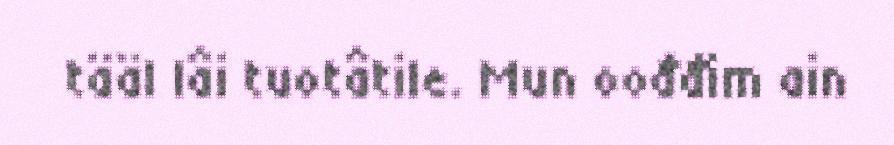
tääl lâi tuotâtile. Mun oođđim ain